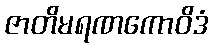
ဇာတိမရဏကောဝိဒံ